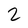
Character: 2